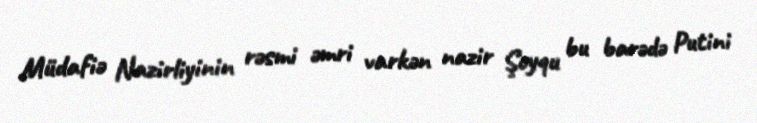
Müdafiə Nazirliyinin rəsmi əmri varkən nazir Şoyqu bu barədə Putini